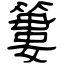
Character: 簍